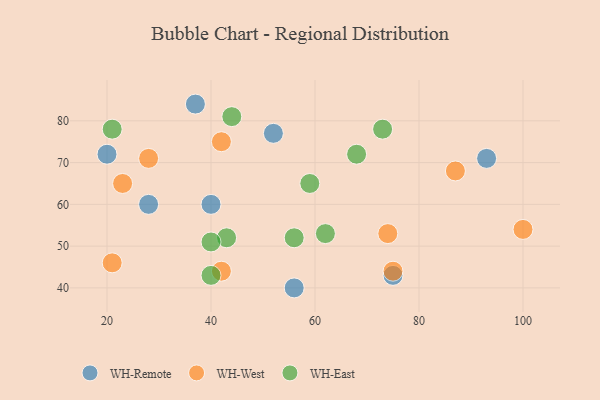
{"axis": {"x": "GDP", "y": "Life Expectancy"}, "legend": ["WH-East", "WH-Remote", "WH-West"], "data": [{"x": "28", "y": 60, "type": "WH-Remote"}, {"x": "52", "y": 77, "type": "WH-Remote"}, {"x": "56", "y": 40, "type": "WH-Remote"}, {"x": "93", "y": 71, "type": "WH-Remote"}, {"x": "40", "y": 60, "type": "WH-Remote"}, {"x": "20", "y": 72, "type": "WH-Remote"}, {"x": "37", "y": 84, "type": "WH-Remote"}, {"x": "75", "y": 43, "type": "WH-Remote"}, {"x": "42", "y": 75, "type": "WH-West"}, {"x": "100", "y": 54, "type": "WH-West"}, {"x": "42", "y": 44, "type": "WH-West"}, {"x": "28", "y": 71, "type": "WH-West"}, {"x": "23", "y": 65, "type": "WH-West"}, {"x": "87", "y": 68, "type": "WH-West"}, {"x": "74", "y": 53, "type": "WH-West"}, {"x": "75", "y": 44, "type": "WH-West"}, {"x": "21", "y": 46, "type": "WH-West"}, {"x": "56", "y": 52, "type": "WH-East"}, {"x": "21", "y": 78, "type": "WH-East"}, {"x": "43", "y": 52, "type": "WH-East"}, {"x": "59", "y": 65, "type": "WH-East"}, {"x": "44", "y": 81, "type": "WH-East"}, {"x": "62", "y": 53, "type": "WH-East"}, {"x": "68", "y": 72, "type": "WH-East"}, {"x": "40", "y": 43, "type": "WH-East"}, {"x": "40", "y": 51, "type": "WH-East"}, {"x": "73", "y": 78, "type": "WH-East"}]}